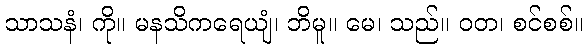
သာသနံ၊ ကို။ မနသိကရေယျံ၊ ဘိမူ။ မေ၊ သည်။ ဝတ၊ စင်စစ်။